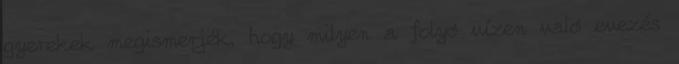
gyerekek megismerjék, hogy milyen a folyó vízen való evezés